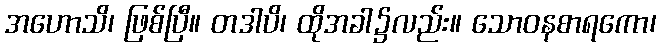
အဟောသိ၊ ဖြစ်ပြီ။ တဒါပိ၊ ထိုအခါ၌လည်း။ သောဝနစာရကော၊